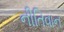
નીતિવાન